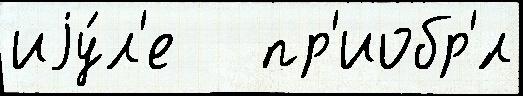
иjу́л'е   пр'иобр'́л